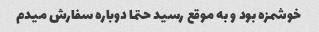
خوشمزه بود و به موقع رسید حتما دوباره سفارش میدم